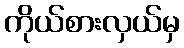
ကိုယ်စားလှယ်မှ